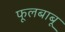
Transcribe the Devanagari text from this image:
फूलबाबू